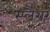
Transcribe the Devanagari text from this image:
स्प्लैशर